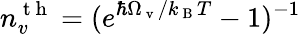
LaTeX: n_{v}^{\mathrm{~t~h~}}=(e^{\hbar\Omega_{\mathrm{~v~}}/k_{\mathrm{~B~}}T}-1)^{-1}